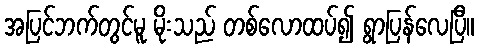
အပြင်ဘက်တွင်မူ မိုးသည် တစ်လောထပ်၍ ရွာပြန်လေပြီ။